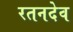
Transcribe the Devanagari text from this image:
रतनदेव